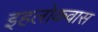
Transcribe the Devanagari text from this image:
इहलोकवास